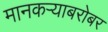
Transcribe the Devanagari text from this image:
मानकऱ्याबरोबर